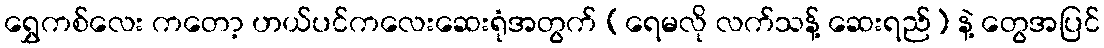
ရွှေကစ်လေး ကတော့ ဟယ်ပင်ကလေးဆေးရုံအတွက် (ရေမလို လက်သန့် ဆေးရည်) နဲ့ တွေအပြင်